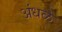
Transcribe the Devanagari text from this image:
अंधळे